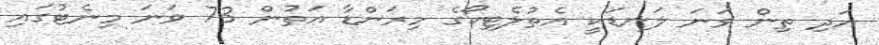
އަދި ތިން ވަނަ ލަނޑަކީ އެތުލެޓިކޯގެ މިރަންޑާ އަތުން 73 ވަނަ މިނެޓުގައި